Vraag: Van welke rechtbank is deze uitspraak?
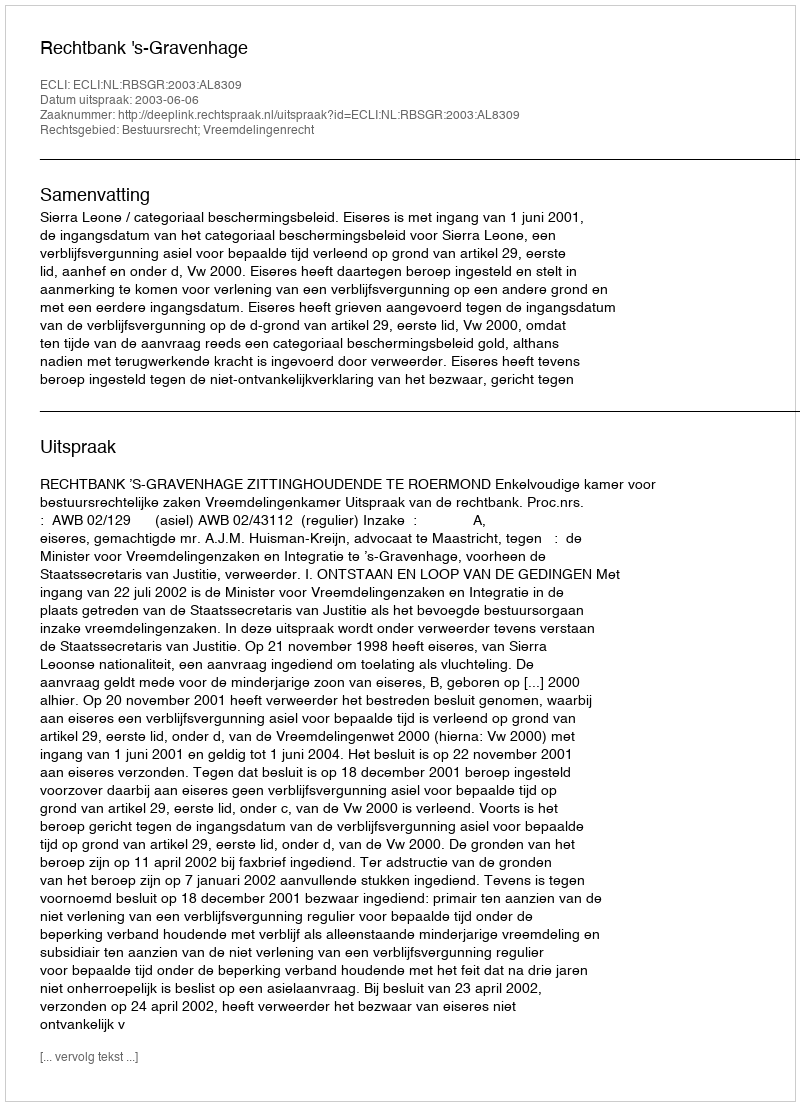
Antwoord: Rechtbank 's-Gravenhage